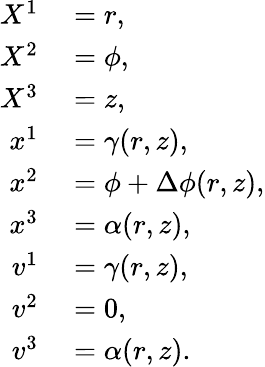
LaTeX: \begin{array}{rl}{X^{1}}&{{}=r,}\\ {X^{2}}&{{}=\phi,}\\ {X^{3}}&{{}=z,}\\ {x^{1}}&{{}=\gamma(r,z),}\\ {x^{2}}&{{}=\phi+\Delta\phi(r,z),}\\ {x^{3}}&{{}=\alpha(r,z),}\\ {v^{1}}&{{}=\gamma(r,z),}\\ {v^{2}}&{{}=0,}\\ {v^{3}}&{{}=\alpha(r,z).}\end{array}